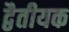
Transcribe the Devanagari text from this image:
द्वैतीयक